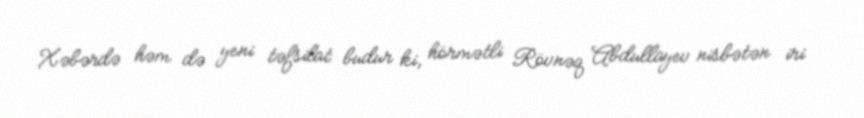
Xəbərdə həm də yeni təfsilat budur ki, hörmətli Rövnəq Abdullayev nisbətən iri